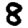
Digit: 8